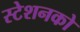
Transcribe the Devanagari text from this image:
स्टेशनको